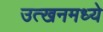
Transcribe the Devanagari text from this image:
उत्खनमध्ये